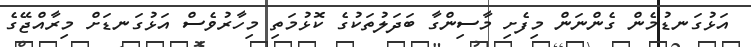
އަޅުގަނޑުމެން ގެންނަން މިފެށި މާސިންގާ ބަދަލުތަކުގެ ކޮޅުމަތި މިހާރުވެސް އަޅުގަނޑަށް މިރާއްޖޭގެ